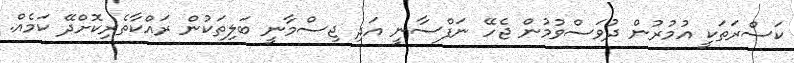
ކަސްރަތަކީ އުމުރުން ދުވަސްވުމުން ޖެހޭ ނަފްސާނީ އަދި ޖިސްމާނީ ބަލިތަކުން ރައްކާތެރިކޮށްދޭ ކަމެއް.